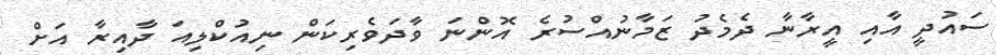
ސައުދީ އާއި އީރާނާ ދެމެދު ޒަމާނުއްސުރެ އޮންނަ ވާދަވެރިކަން ނިއުކްލިއަ ދާއިރާ އަށް